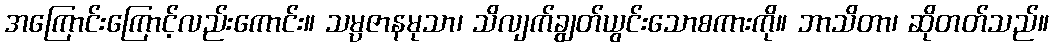
အကြောင်းကြောင့်လည်းကောင်း။ သမ္ပဇာနမုသာ၊ သိလျက်ချွတ်ယွင်းသောစကားကို။ ဘာသိတာ၊ ဆိုတတ်သည်။